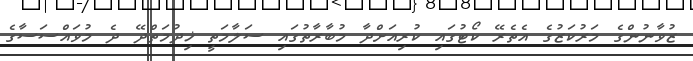
ޒުވާނުންގެ މަރުކަޒުގެ އެތެރޭ ކޯޓުގައި ކުރިއަށްދާ މުބާރާތުގައި ސަލާމަތީ ޚިދުމަތްދޭ ދެ މުވައްސަސާގެ